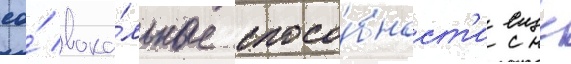
ео́ вока́льные спосо́бност'и еще